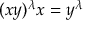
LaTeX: ( x y ) ^ { \lambda } x = y ^ { \lambda }